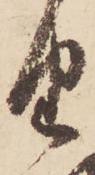
由